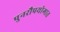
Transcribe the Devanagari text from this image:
पुनरौपयोगात